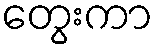
တွေးကာ